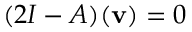
( 2 I - A ) ( \mathbf { v } ) = 0